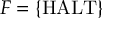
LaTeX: F = \{ { \mathrm { H A L T } } \}